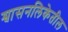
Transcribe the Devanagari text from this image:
श्वासनलिकेतील